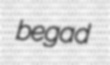
begad